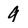
Character: 9